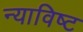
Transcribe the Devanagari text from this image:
न्याविष्ट